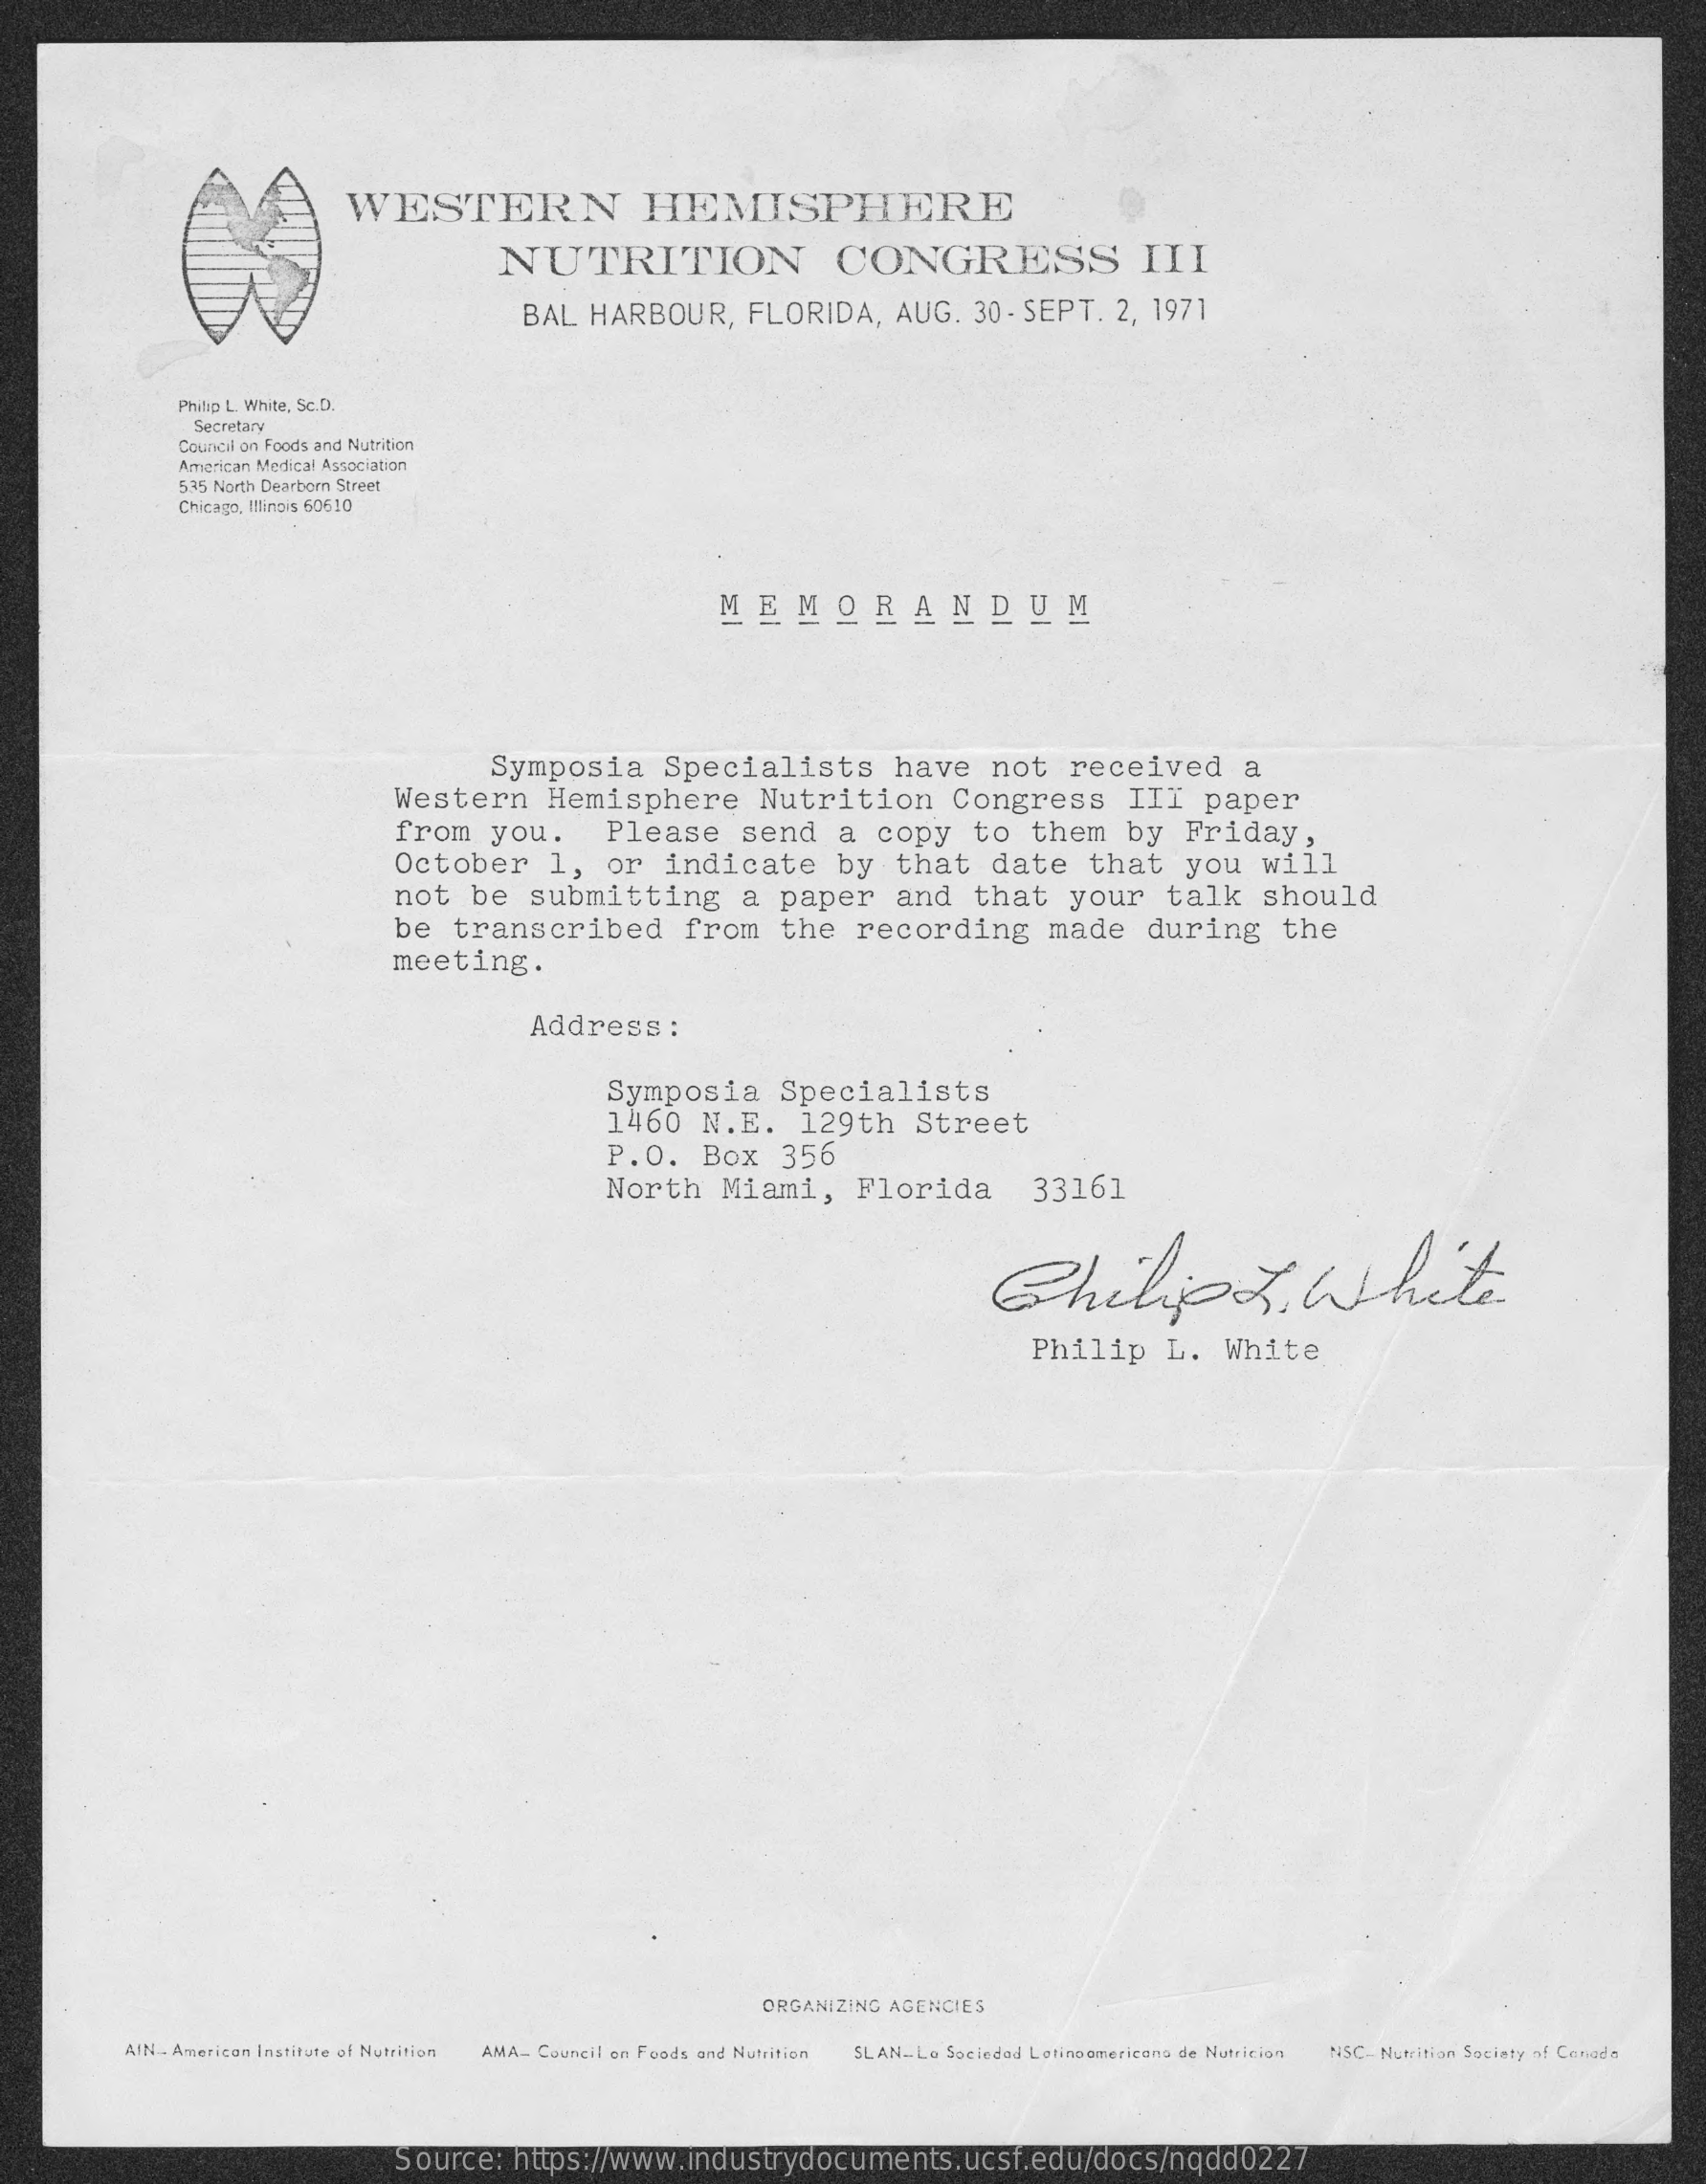
WESTERN    HEMISPHERE
     NUTRITION    CONGRESS    III
     BAL  HARBOUR,    FLORIDA,    AUG.   30 - SEPT.   2, 1971
     Philip L. White, Sc.D.
     Secretary
     Council on Foods and Nutrition
     American Medical Association
     5.35 North Dearborn Street
     Chicago, Bliingis 60610
     MEMORANDUM
     Symposia    Specialists    have    not    received    a
     Western    Hemisphere    Nutrition    Congress    III    paper
     from    you.    Please    send    a   copy    to   them    by   Friday,
     October    1,   or   indicate    by   that    date    that    you    will
     not   be   submitting    a  paper    and    that    your    talk    should
     be   transcribed    from    the    recording    made    during    the
     meeting.
     Address    :
     Symposia    Specialists
     1460    N.E.    129th    Street
     P.O.    Box    356
     North    Miami,    Florida    33161
     Chilipt.    White
     Philip    L.   White
     ORGANIZING AGENCIES
     AIN . American Institute of Nutrition AMA- Council on Foods and Nutrition SLAN_Lo Sociedad Lotinoomericona de Nutricion NSC- Nutrition Society of Canada
     Source:    https://www.industrydocuments.ucsf.edu/docs/nqdd0227